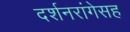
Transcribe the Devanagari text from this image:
दर्शनरांगेसह